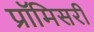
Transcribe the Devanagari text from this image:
प्रॉमिसरी